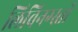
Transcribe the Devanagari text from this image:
लिविनग्स्तों